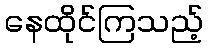
နေထိုင်ကြသည့်